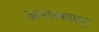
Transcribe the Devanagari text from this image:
अलास्क्याहून